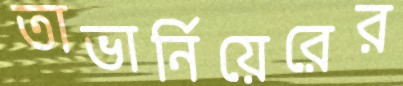
তাভার্নিয়েরের